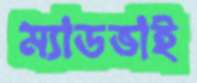
ম্যাডভাই